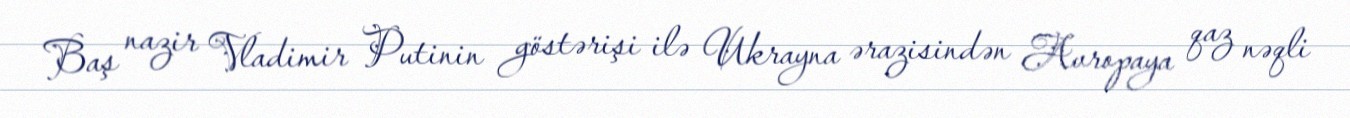
Baş nazir Vladimir Putinin göstərişi ilə Ukrayna ərazisindən Avropaya qaz nəqli